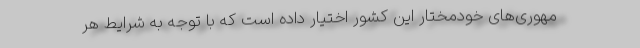
مهوری‌های خودمختار این کشور اختیار داده است که با توجه به شرایط هر